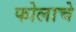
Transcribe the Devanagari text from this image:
फोलाचे